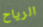
الرياح